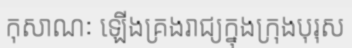
កុសាណៈ ឡើងគ្រងរាជ្យក្នុងក្រុងបុរុស